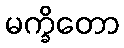
မက္ခိတော